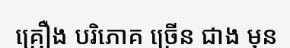
គ្រឿង បរិភោគ ច្រើន ជាង មុន